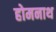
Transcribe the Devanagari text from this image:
होमनाथ